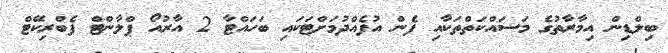
ބިލްޑިން އިމާރާތުގެ މަސައްކަތްތަކާއި ފެން އުފެއްދުމަށްޓަކައި ބަހައްޓާ 2 އާރުއޯ ޕްލާންޓް ފެބްރިކޭޓް